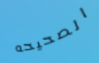
الصحيحه